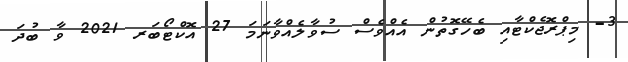
3- މިޕްރޮޖެކްޓާއި ބެހޭގޮތުން އެއްވެސް ސުވާލެއްވާނަމަ 27 އޮކްޓޯބަރ 2021 ވާ ބުދަ